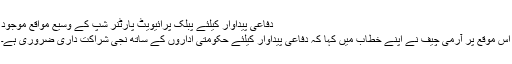
دفاعی پیداوار کیلئے پبلک پرائیویٹ پارٹنر شپ کے وسیع مواقع موجود
اس موقع پر آرمی چیف نے اپنے خطاب میں کہا کہ دفاعی پیداوار کیلئے حکومتی اداروں کے ساتھ نجی شراکت داری ضروری ہے۔